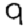
Digit: 9